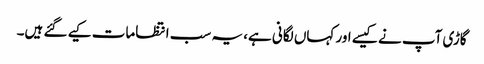
گاڑی آپ نے کیسے اور کہاں لگانی ہے، یہ سب انتظامات کیے گئے ہیں۔